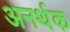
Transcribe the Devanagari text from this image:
अनर्थक